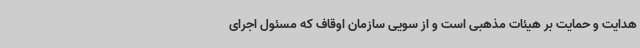
هدایت و حمایت بر هیئات مذهبی است و از سویی سازمان اوقاف که مسئول اجرای